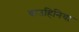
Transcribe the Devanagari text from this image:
बाउहिनिया